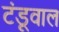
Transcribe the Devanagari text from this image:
टंडूवाल